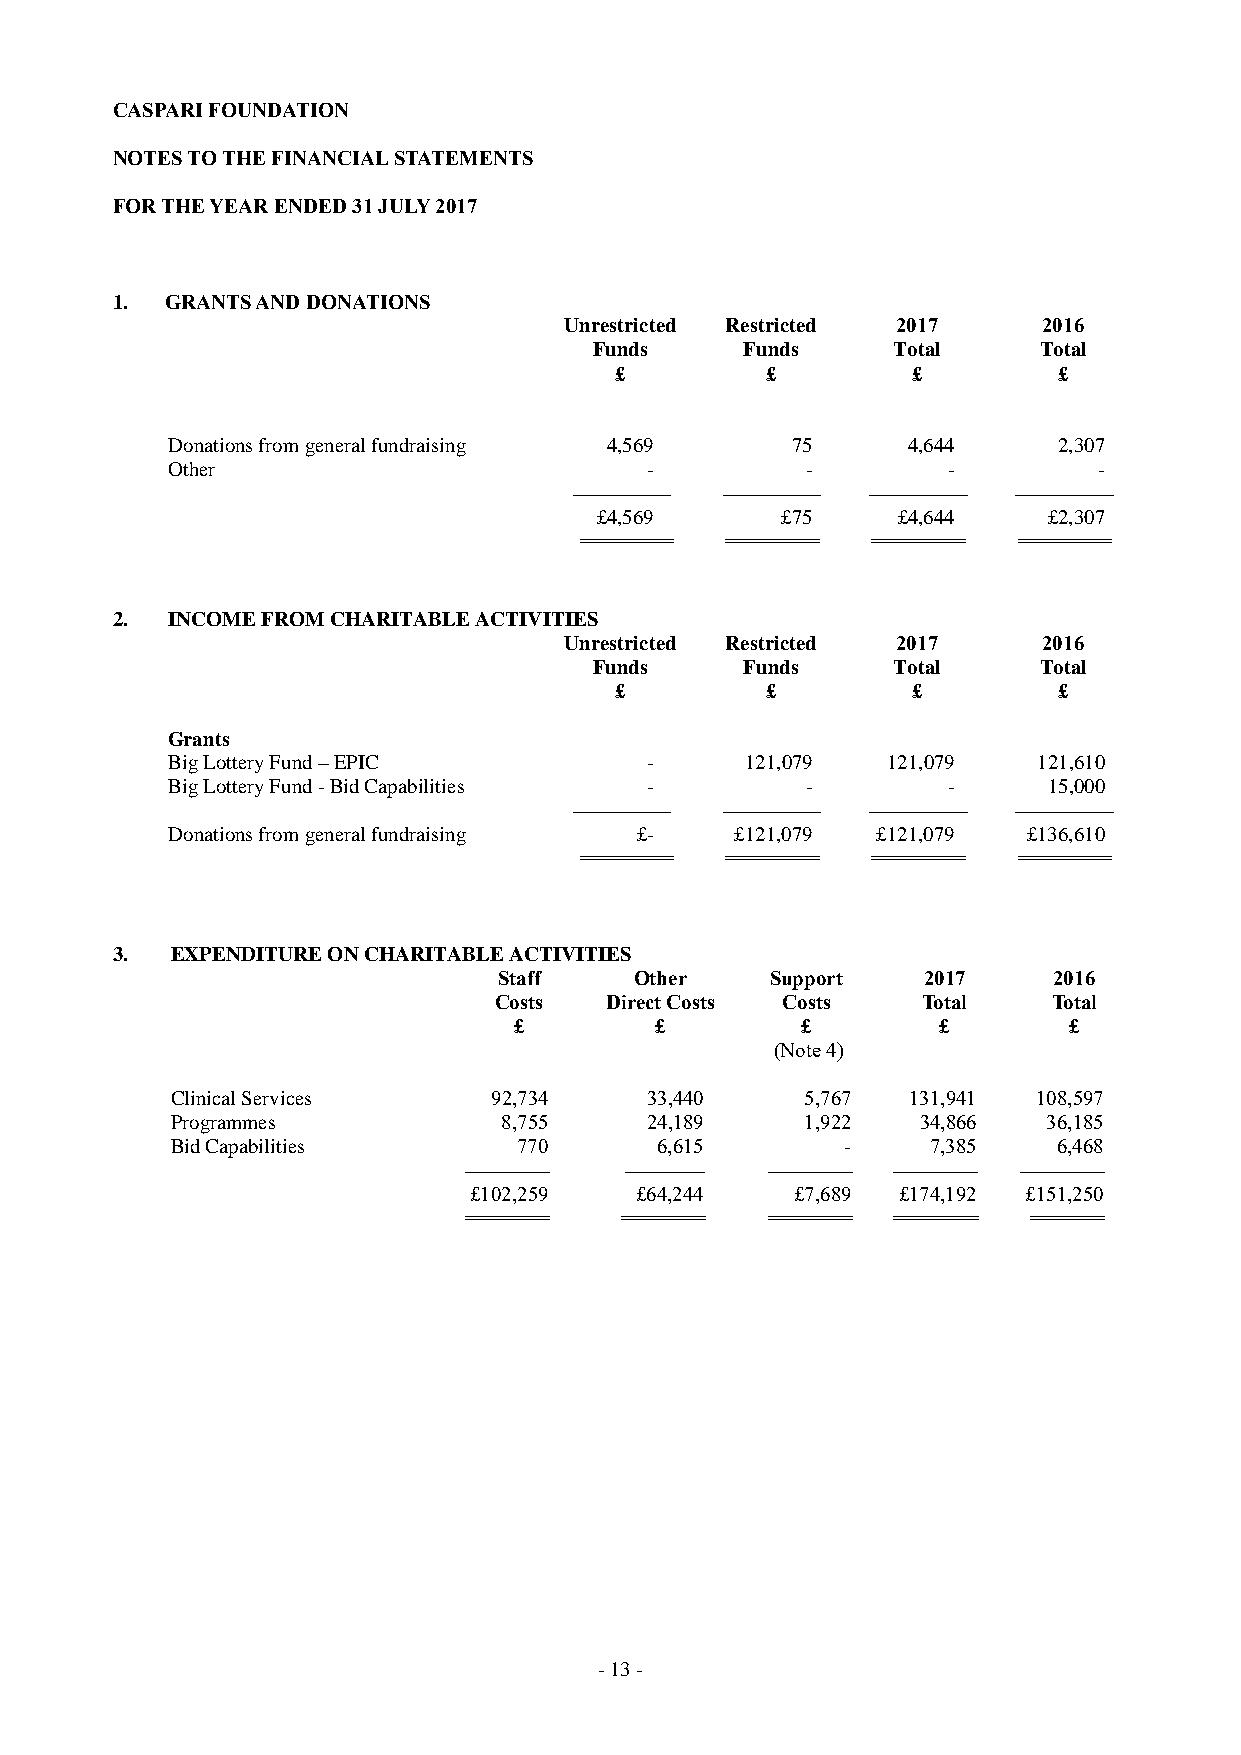
CASPARI FOUNDATION
 NOTES TO THE FINANCIAL STATEMENTS
 FOR THE YEAR ENDED 31 JULY 2017
 1.  GRANTS AND DONATIONS
 Unrestricted Restricted 2017    2016
 Funds     Funds     Total     Total
 £         £        £         £
 Donations from general fundraising 4,569 75      4,644     2,307
 Other                           -         -         -         -
 ---------------------- ---------------------- ---------------------- ----------------------
 £4,569       £75    £4,644    £2,307
 ========== ========== ========== ==========
 2.  INCOME FROM CHARITABLE ACTIVITIES
 Unrestricted Restricted 2017    2016
 Funds     Funds     Total     Total
 £         £        £         £
 Grants
 Big Lottery Fund – EPIC         -     121,079   121,079   121,610
 Big Lottery Fund - Bid Capabilities -     -         -     15,000
 ---------------------- ---------------------- ---------------------- ----------------------
 Donations from general fundraising £- £121,079 £121,079  £136,610
 ========== ========== ========== ==========
 3.  EXPENDITURE ON CHARITABLE ACTIVITIES
 Staff    Other    Support   2017     2016
 Costs  Direct Costs Costs   Total    Total
 £        £         £        £        £
 (Note 4)
 Clinical Services    92,734     33,440    5,767  131,941  108,597
 Programmes            8,755     24,189    1,922   34,866  36,185
 Bid Capabilities       770      6,615        -     7,385   6,468
 ------------------- ------------------ ------------------- ------------------- -------------------
 £102,259   £64,244    £7,689 £174,192 £151,250
 ========= ========= ========= ========= ========
 - 13 -